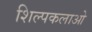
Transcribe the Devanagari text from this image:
शिल्पकलाओ